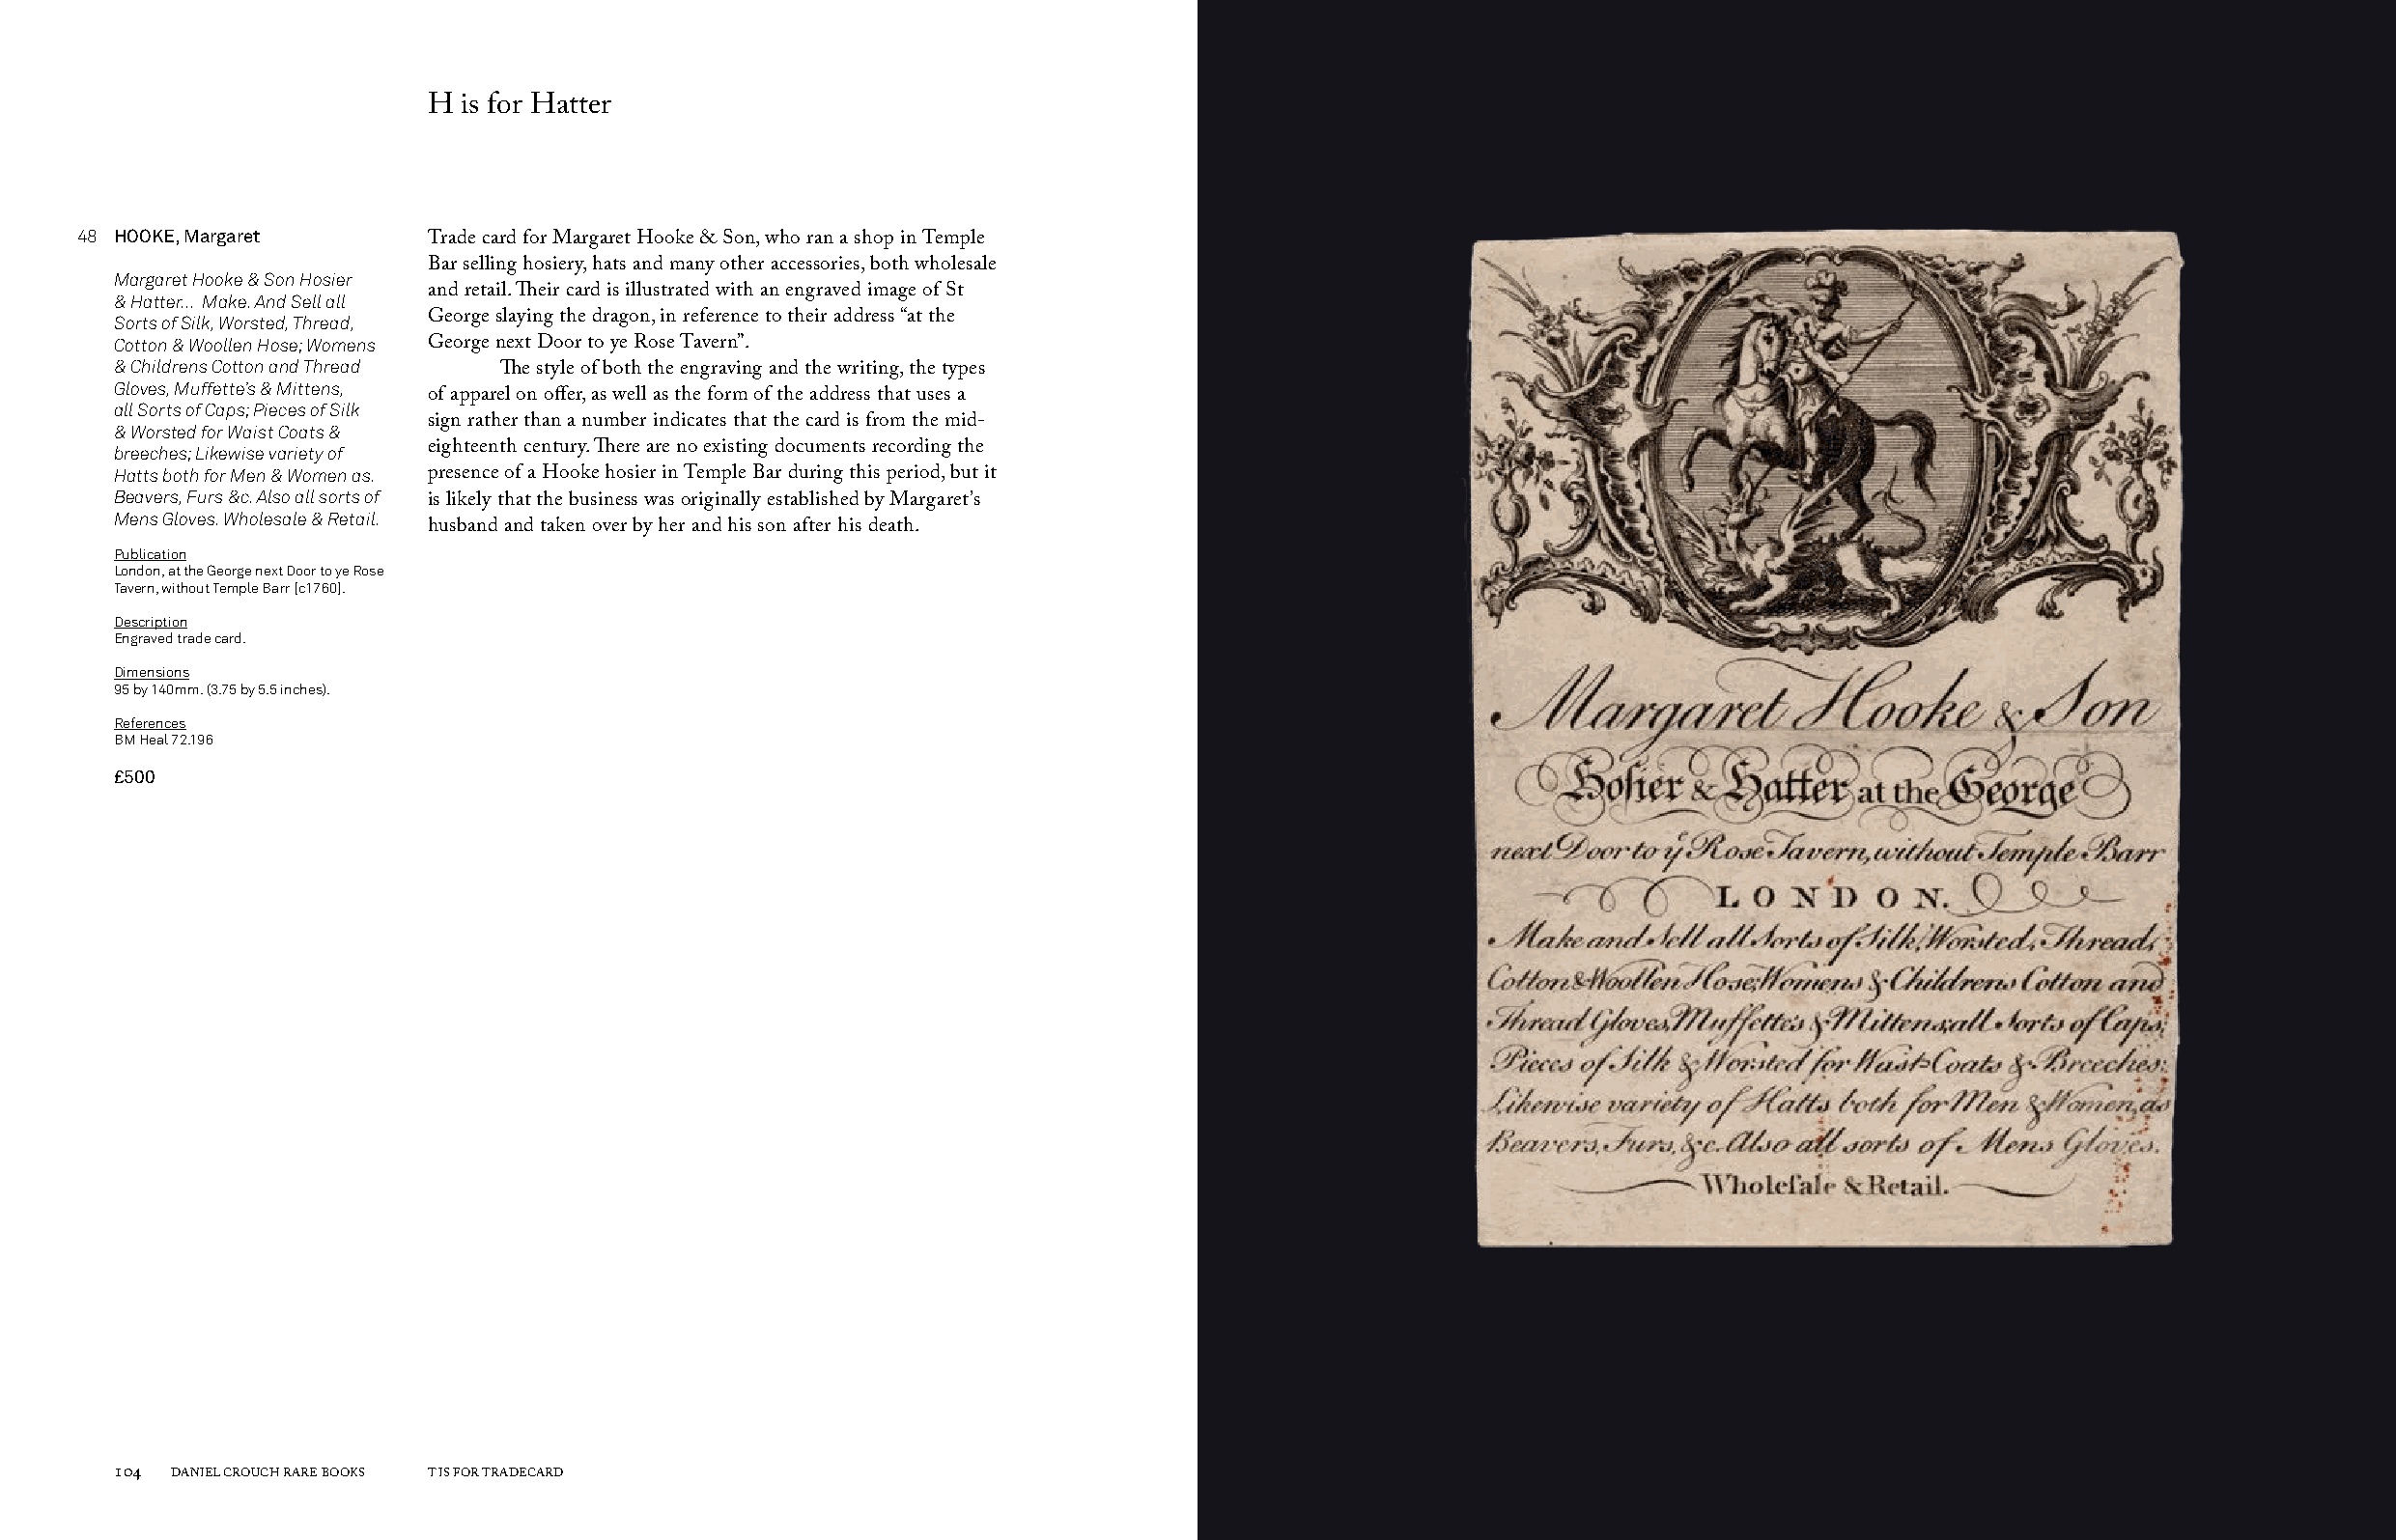
H  is for Hatter
 48 HOOKE, Margaret
 Trade card for Margaret Hooke & Son, who ran a shop in Temple
 Bar selling hosiery, hats and many other accessories, both wholesale
 Margaret Hooke & Son Hosier
 & Hatter... Make. And Sell all and retail. Their card is illustrated with an engraved image of St
 Sorts of Silk, Worsted, Thread, George slaying the dragon, in reference to their address “at the
 Cotton & Woollen Hose; Womens George next Door to ye Rose Tavern”.
 & Childrens Cotton and Thread
 The style of both the engraving and the writing, the types
 Gloves, Muffette’s & Mittens,
 of apparel on offer, as well as the form of the address that uses a
 all Sorts of Caps; Pieces of Silk
 & Worsted for Waist Coats & sign rather than a number indicates that the card is from the mid-
 breeches; Likewise variety of eighteenth century. There are no existing documents recording the
 Hatts both for Men & Women as. presence of a Hooke hosier in Temple Bar during this period, but it
 Beavers, Furs &c. Also all sorts of
 is likely that the business was originally established by Margaret’s
 Mens Gloves. Wholesale & Retail.
 husband and taken over by her and his son after his death.
 Publication
 London, at the George next Door to ye Rose
 Tavern, without Temple Barr [c1760].
 Description
 Engraved trade card.
 Dimensions
 95 by 140mm. (3.75 by 5.5 inches).
 References
 BM Heal 72.196
 £500
 104 DANIEL CROUCH RARE BOOKS T IS FOR TRADECARD                                                                       T IS FOR TRADECARD DANIEL CROUCH RARE BOOKS 105